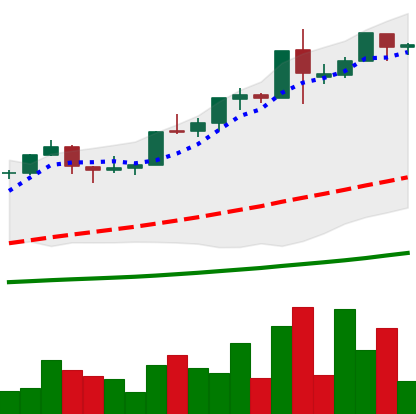
Ticker: BTC-USD
Chart end date: 2015-12-17
Forward return: -4.277%
Label: down_3_5